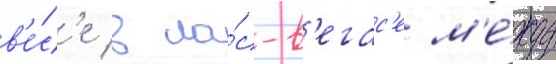
в'е́с'е в ла́с-в'егас'е м'е́жду